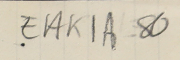
EAK1A-80